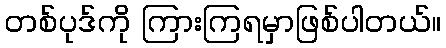
တစ်ပုဒ်ကို ကြားကြရမှာဖြစ်ပါတယ်။